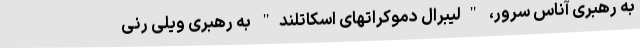
به رهبری آناس سرور، "لیبرال دموکراتهای اسکاتلند" به رهبری ویلی رنی